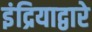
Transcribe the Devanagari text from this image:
इंद्रियाद्वारे